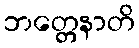
ဘတ္တေနာတိ